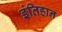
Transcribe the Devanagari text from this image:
इंतिहान